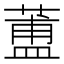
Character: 𦻌